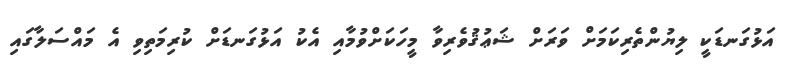
އަޅުގަނޑަކީ ލިޔުންތެރިކަމަށް ވަރަށް ޝަޢުޤުވެރިވާ މީހަކަށްވުމާއި އެކު އަޅުގަނޑަށް ކުރިމަތިވި އެ މައްސަލާގައި